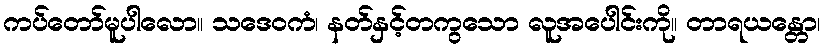
ကပ်တော်မူပါလော။ သဒေဝကံ၊ နတ်နှင့်တကွသော လူအပေါင်းကို။ တာရယန္တော၊